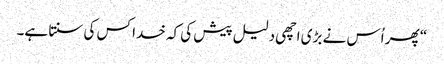
‏“‏ پھر اُس نے بڑی اچھی دلیل پیش کی کہ خدا کس کی سنتا ہے۔